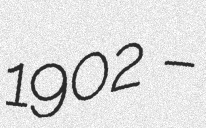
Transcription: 1902 –